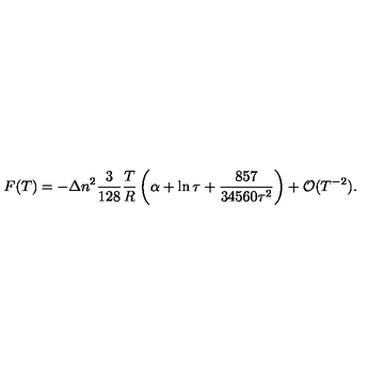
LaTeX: F ( T ) = - \Delta n ^ { 2 } \frac { 3 } { 1 2 8 } \frac { T } { R } \left( \alpha + \ln \tau + \frac { 8 5 7 } { 3 4 5 6 0 \tau ^ { 2 } } \right) + { \cal O } ( T ^ { - 2 } ) { . }